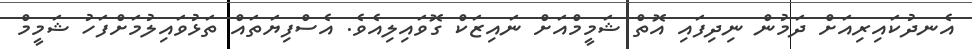
އެނދުކައިރިއަށް ދަމުން ނިދިފައި އޮތް ޝަމީމްއަށް ނައިޒަކް ގޮވައިލިއެވެ. އެސްފިޔަތައް ތަޅުވައިލުމަށްފަހު ޝަމީމް